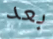
بعد